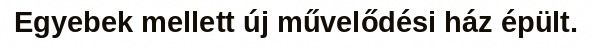
Egyebek mellett új művelődési ház épült.